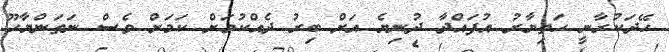
ހޭދަކުރާނީ ހަތިޔާރު އުފައްދާ ދުނިޔެ އަށް ބިރު ދެއްކުމަށް ކަމަށް ވެސް ނަތަންޔާހޫ